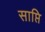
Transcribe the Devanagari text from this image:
साप्ति